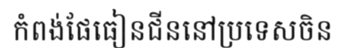
កំពង់ផែធៀនជីននៅប្រទេសចិន